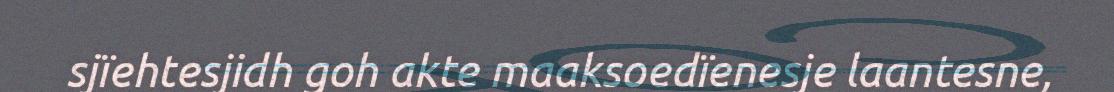
sjïehtesjidh goh akte maaksoedïenesje laantesne,